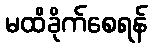
မထိခိုက်စေရန်